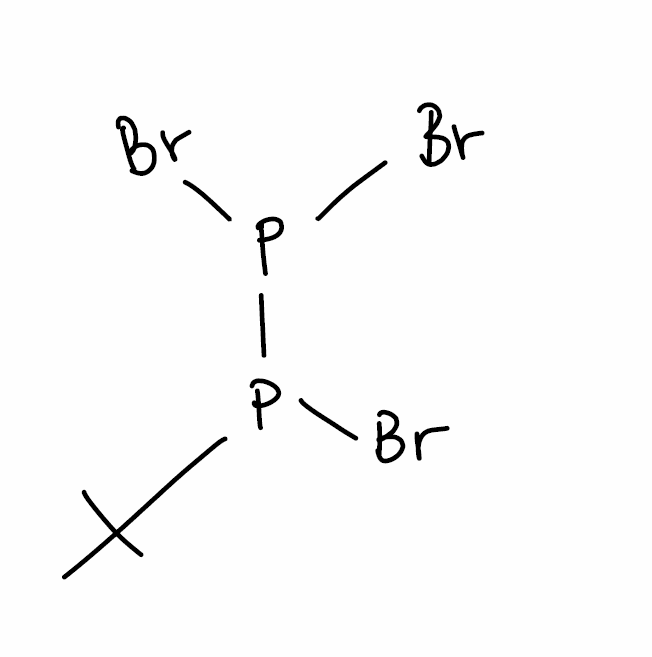
Simplified molecular-input line-entry system (SMILES) notation of the given molecule:
CC(C)(C)P(P(Br)Br)Br